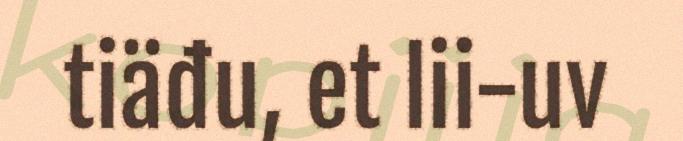
tiäđu, et lii-uv